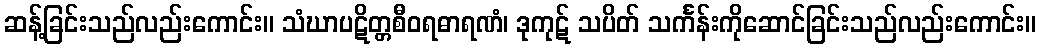
ဆန့်ခြင်းသည်လည်းကောင်း။ သံဃာပဋိတ္တစီဝရဓာရဏံ၊ ဒုကုဋ် သပိတ် သင်္ကန်းကိုဆောင်ခြင်းသည်လည်းကောင်း။